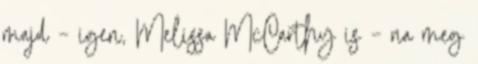
majd – igen, Melissa McCarthy is – na meg